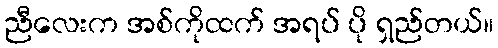
ညီလေးက အစ်ကိုထက် အရပ် ပို ရှည်တယ်။